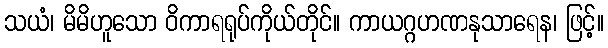
သယံ၊ မိမိဟူသော ဝိကာရရုပ်ကိုယ်တိုင်။ ကာယဂ္ဂဟဏနုသာရေန၊ ဖြင့်။